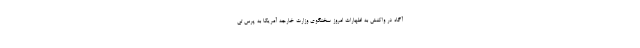
آگاه در واکنش به اظهارات امروز سخنگوی وزارت خارجه آمریکا به پرس تی